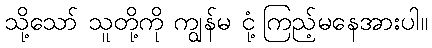
သို့သော် သူတို့ကို ကျွန်မ ငုံ့ကြည့်မနေအားပါ။